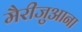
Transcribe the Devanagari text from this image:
मैरीजुआना